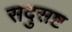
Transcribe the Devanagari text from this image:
सदुसष्ट